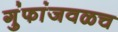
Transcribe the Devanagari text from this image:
गुंफांजवळच